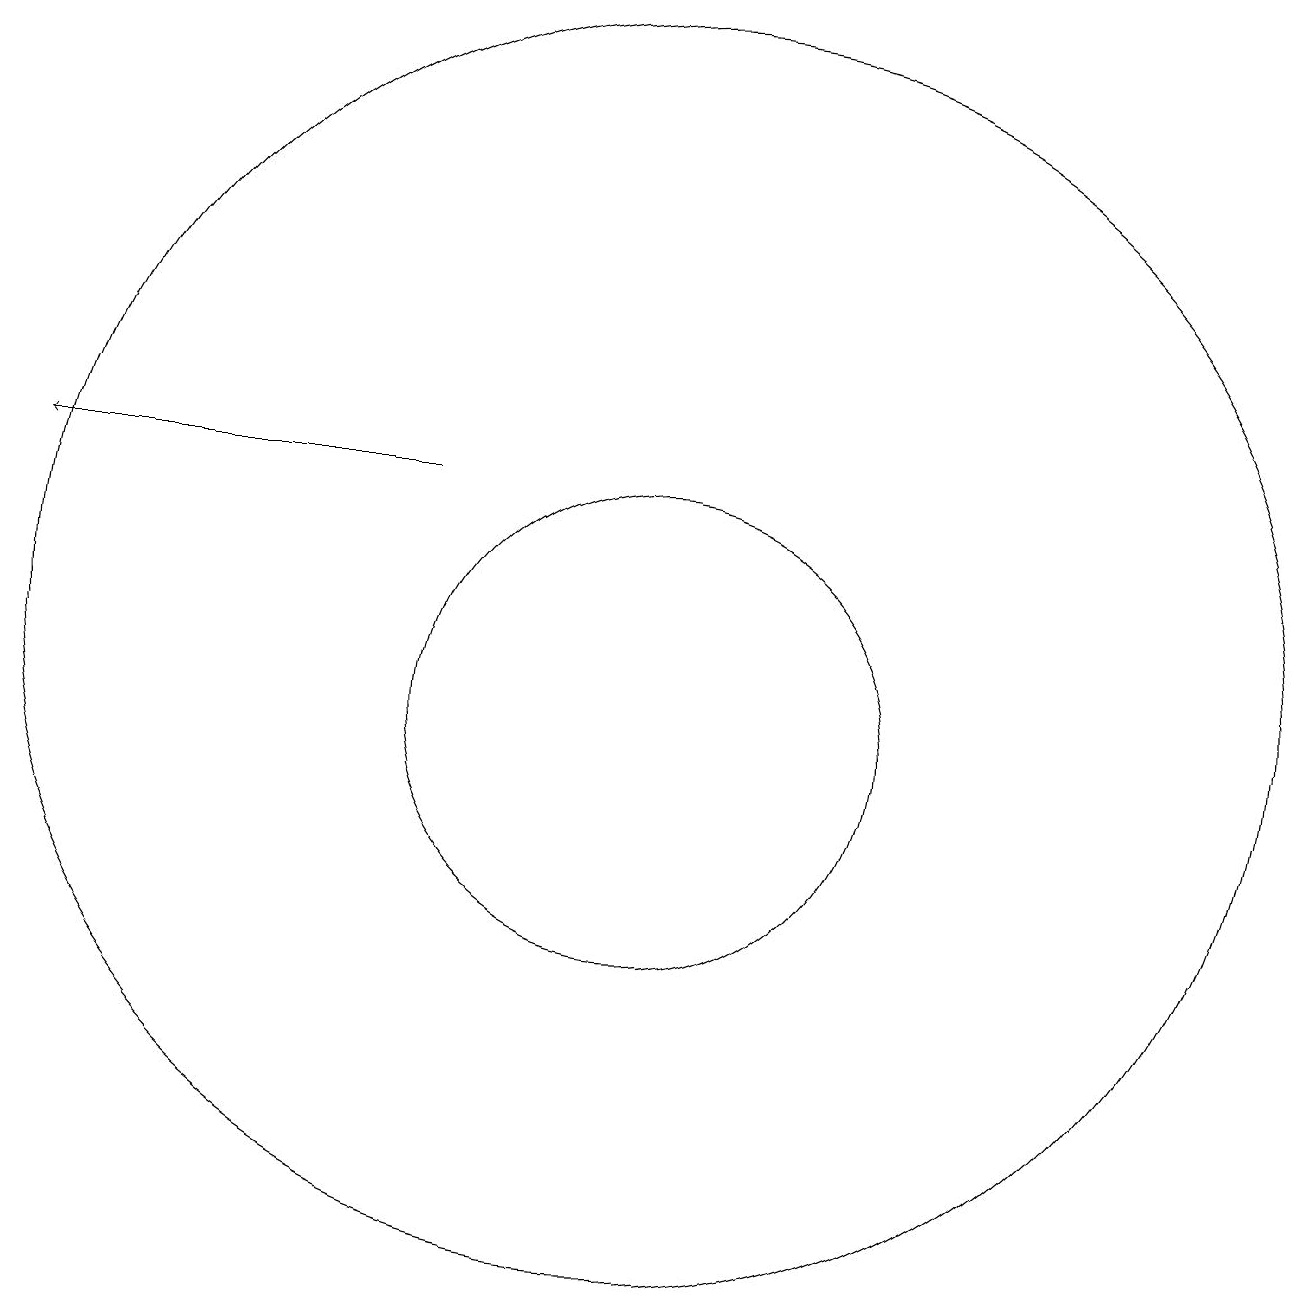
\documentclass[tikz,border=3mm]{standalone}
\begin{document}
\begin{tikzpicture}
\draw (12,12) circle (8);
\draw (12,11) circle (3);
\draw[->] (9,14) -- (4,14);
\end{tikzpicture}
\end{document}